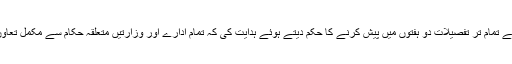
عدالت نے تمام تر تفصیلات دو ہفتوں میں پیش کرنے کا حکم دیتے ہوئے ہدایت کی کہ تمام ادارے اور وزارتیں متعلقہ حکام سے مکمل تعاون کریں۔